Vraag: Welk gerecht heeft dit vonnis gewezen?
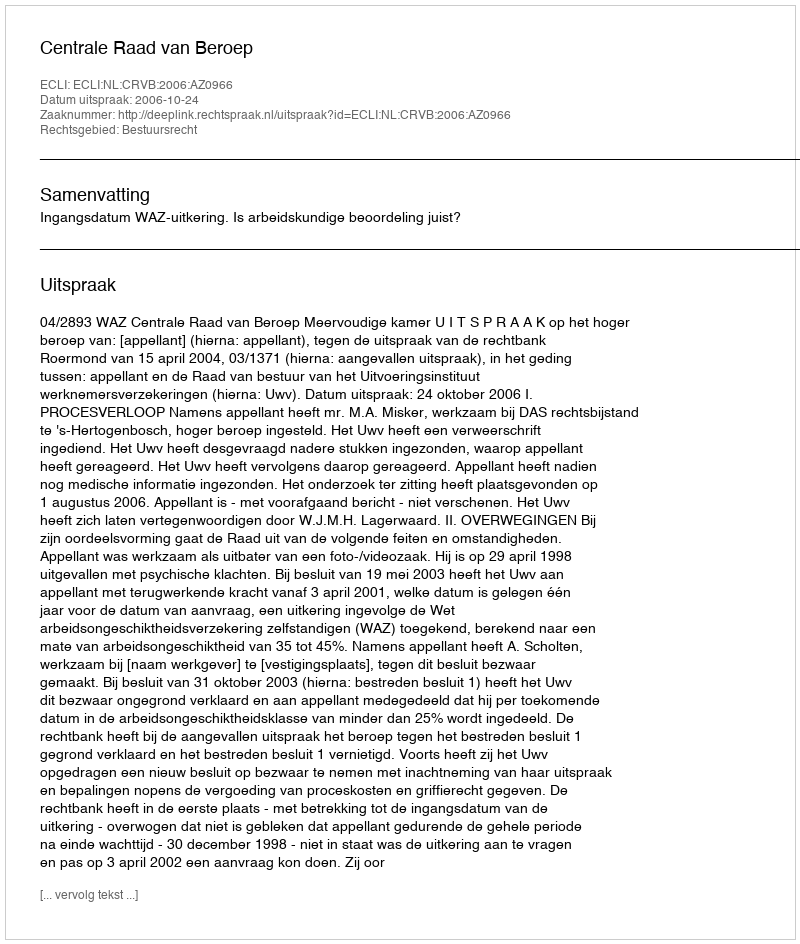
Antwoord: Centrale Raad van Beroep